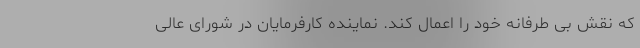
که نقش بی طرفانه خود را اعمال کند. نماینده کارفرمایان در شورای عالی